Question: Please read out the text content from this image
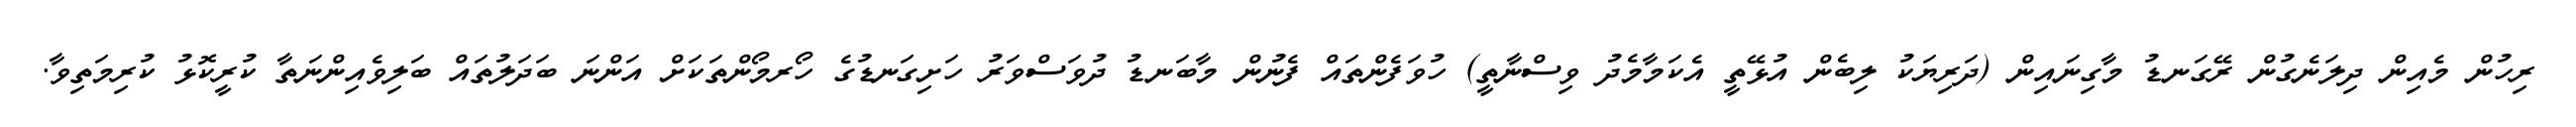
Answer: ރިހުން މެއިން ދިލަނެގުން ރޭގަނޑު މާގިނައިން (ދަރިޔަކު ލިބެން އުޅޭތީ އެކަމާމެދު ވިސްނާތީ) ހުވަފެންތައް ފެނުން މާބަނޑު ދުވަސްވަރު ހަށިގަނޑުގެ ހޯރމޯންތަކަށް އަންނަ ބަދަލުތައް ބަލިވެއިންނަތާ ކުރީކޮޅު ކުރިމަތިވާ.